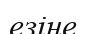
езіне